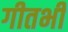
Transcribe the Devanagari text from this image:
गीतभी